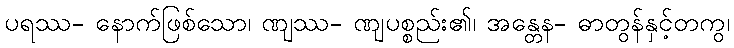
ပရဿ- နောက်ဖြစ်သော၊ ဏျဿ- ဏျပစ္စည်း၏၊ အန္တေန- ဓာတွန်နှင့်တကွ၊